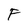
Character: F